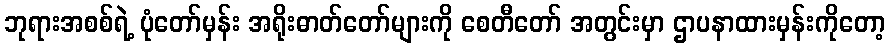
ဘုရားအစစ်ရဲ့ ပုံတော်မှန်း အရိုးဓာတ်တော်များကို စေတီတော် အတွင်းမှာ ဌာပနာထားမှန်းကိုတော့